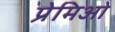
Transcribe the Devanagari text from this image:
प्रेमिओ